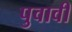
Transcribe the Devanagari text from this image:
पुवावी